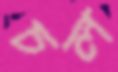
চল